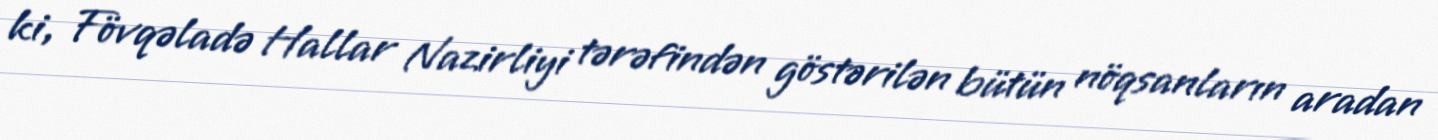
ki, Fövqəladə Hallar Nazirliyi tərəfindən göstərilən bütün nöqsanların aradan